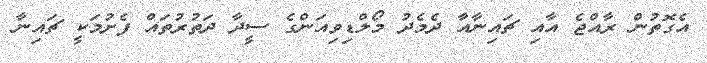
އެގޮތުން ރާއްޖެ އާއި ޗައިނާއާ ދެމެދު މޯލްޑިވިއަންގެ ސީދާ ދަތުރުތައް ފެށުމަކީ ޗައިނާ